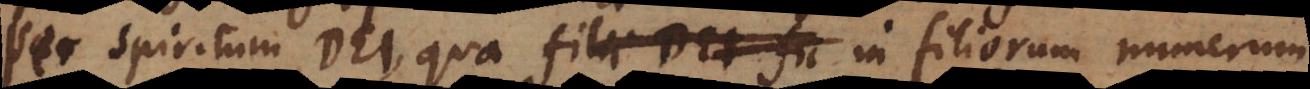
per spiritum Dei, qua filii Dei fil in filiorum numerum